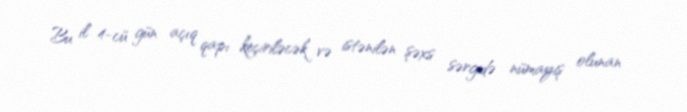
Bu il 4-cü gün açıq qapı keçiriləcək və istənilən şəxs sərgidə nümayiş olunan